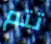
تتم